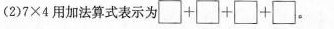
(2)$$7×4$$用加法算式表示为\Box +\Box+ \Box+\Box。